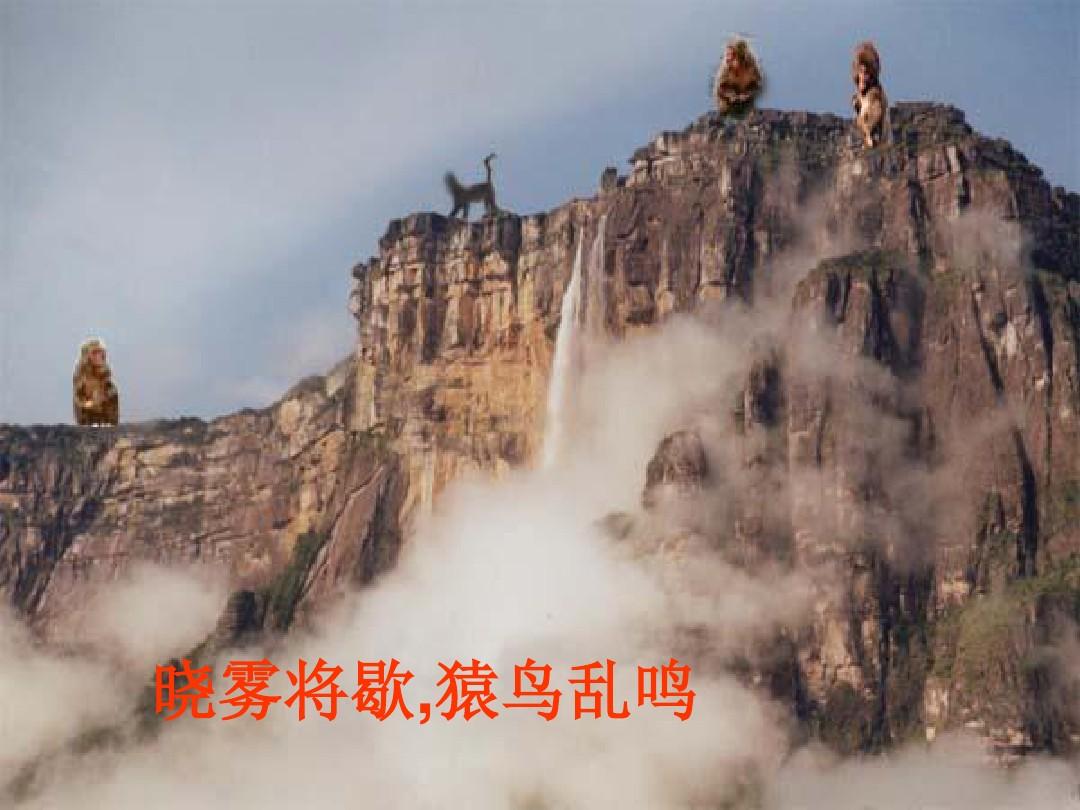
晓雾将歇，猿鸟乱鸣